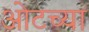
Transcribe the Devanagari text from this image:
ओटच्या